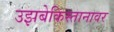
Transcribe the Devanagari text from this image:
उझबेकिस्तानावर